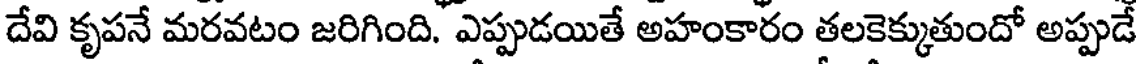
దేవి కృపనే మరవటం జరిగింది. ఎప్పుడయితే అహంకారం తలకెక్కుతుందో అప్పుడే